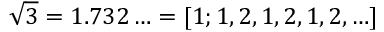
{ \sqrt { 3 } } = 1 . 7 3 2 \ldots = [ 1 ; 1 , 2 , 1 , 2 , 1 , 2 , \ldots ]